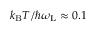
k _ { \mathrm { B } } T / \hbar \omega _ { \mathrm { L } } \approx 0 . 1